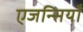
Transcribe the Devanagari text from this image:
एजन्सियाँ